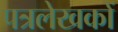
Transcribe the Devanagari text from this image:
पत्रलेखकों